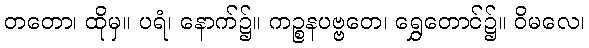
တတော၊ ထိုမှ။ ပရံ၊ နောက်၌။ ကဉ္စနပဗ္ဗတေ၊ ရွှေတောင်၌။ ဝိမလေ၊